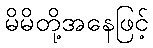
မိမိတို့အနေဖြင့်